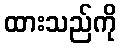
ထားသည်ကို